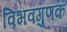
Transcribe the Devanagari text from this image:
विभवगुणक